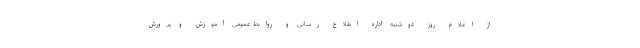
از اعلام روز دوشنبه اداره اطلاع رسانی و روابط عمومی آموزش و پرورش